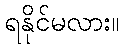
ရနိုင်မလား။